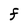
Character: F